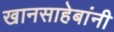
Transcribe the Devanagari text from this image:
खानसाहेबांनी